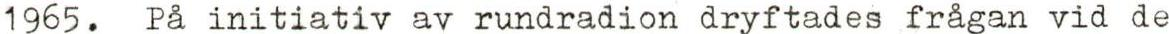
1965. På initiativ av rundradion dryftades frågan vid de